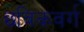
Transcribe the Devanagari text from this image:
छविकवर्ग